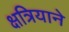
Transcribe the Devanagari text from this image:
क्षत्रियाने